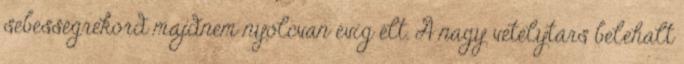
sebességrekord majdnem nyolcvan évig élt. A nagy vetélytárs belehalt